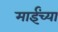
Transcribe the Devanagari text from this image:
माईंच्या